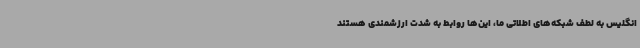
انگلیس به لطف شبکه‌های اطلاتی ما، این‌ها روابط به شدت ارزشمندی هستند